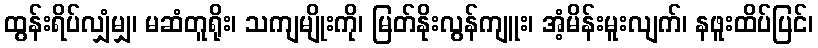
ထွန်းရိပ်လျှံမျှ၊ မဆံတူရိုး၊ သကျမျိုးကို၊ မြတ်နိုးလွန်ကျူး၊ အံ့မိန်းမူးလျက်၊ နဖူးထိပ်ပြင်၊